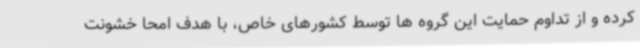
کرده و از تداوم حمایت این گروه ها توسط کشورهای خاص، با هدف امحا خشونت